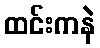
ထင်းကနဲ